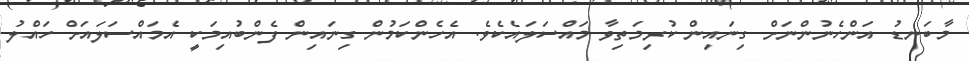
މާބަނޑު އަންހެނުންނަށް ގިނައިން ކުރިމަތިވާ މައްސަލައެކެވެ. އެހެންކަމުން ގިނައިން ފެންބުއިމަކީ އެމައްސަލައަށް ހައްލު